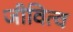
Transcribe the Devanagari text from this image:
जीवित्व